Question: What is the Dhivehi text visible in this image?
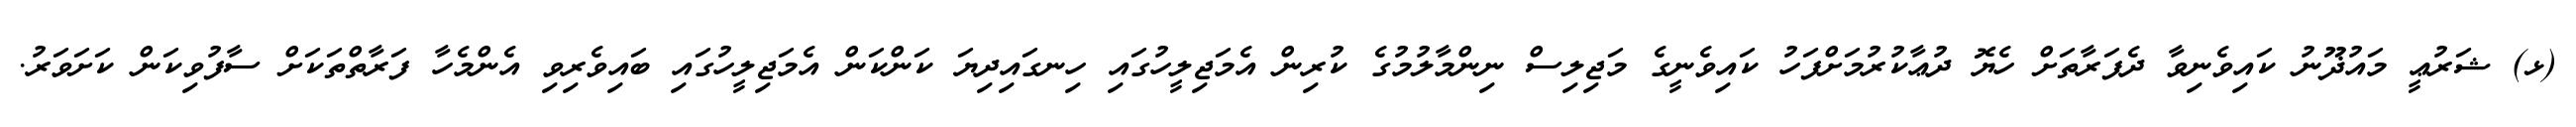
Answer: (ޅ) ޝަރުޢީ މައުޛޫނު ކައިވެނިވާ ދެފަރާތަށް ހެޔޮ ދުޢާކުރުމަށްފަހު ކައިވެނީގެ މަޖިލިސް ނިންމާލުމުގެ ކުރިން އެމަޖިލީހުގައި ހިނގައިދިޔަ ކަންކަން އެމަޖިލީހުގައި ބައިވެރިވި އެންމެހާ ފަރާތްތަކަށް ސާފުވިކަން ކަށަވަރު.